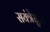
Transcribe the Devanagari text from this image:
सयंत्रेसुद्धा